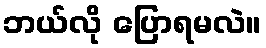
ဘယ်လို ပြောရမလဲ။